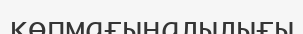
көпмағыналылығы